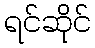
ရင်ဆိုင်